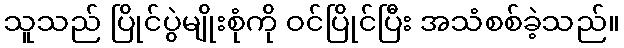
သူသည် ပြိုင်ပွဲမျိုးစုံကို ဝင်ပြိုင်ပြီး အသံစစ်ခဲ့သည်။